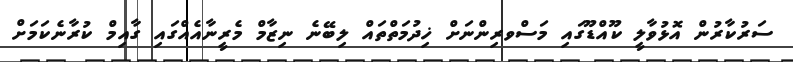
ސަރުކާރުން އޮޅުވާލީ ކޫއްޑޫގައި މަސްވރިންނަށް ޚިދުމަތްތައް ލިބޭނެ ނިޒާމް މެރީނާއެއްގައި ގާއިމް ކުރާނެކަމަށް